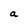
Character: a